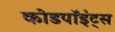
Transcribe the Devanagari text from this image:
कोडपॉइंट्स